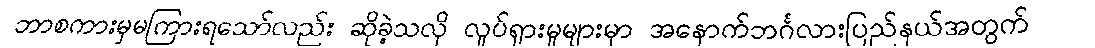
ဘာစကားမှမကြားရသော်လည်း ဆိုခဲ့သလို လှုပ်ရှားမှုများမှာ အနောက်ဘင်္ဂလားပြည်နယ်အတွက်